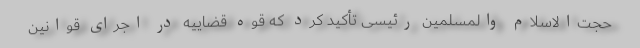
حجت‌الاسلام والمسلمین رئیسی تأکید کرد که قوه قضاییه در اجرای قوانین